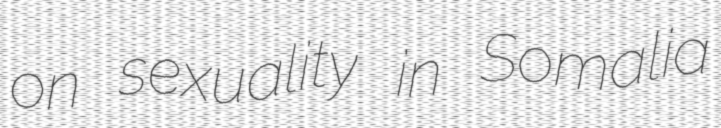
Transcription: on sexuality in Somalia